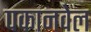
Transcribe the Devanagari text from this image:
पकानवेल